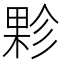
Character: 𭪻